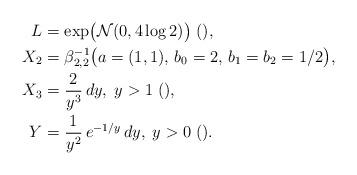
LaTeX: \begin{align*}L & = \exp\bigl(\mathcal{N}(0, 4\log 2)\bigr) \;(), \\X_2 & = \beta^{-1}_{2,2}\bigl(a=(1,1), \,b_0=2, \,b_1=b_2=1/2\bigr), \\X_3 & = \frac{2}{y^3}\,dy, \;y>1 \;(),\\Y & = \frac{1}{y^2}\,e^{-1/y}\,dy,\;y>0 \;().\end{align*}